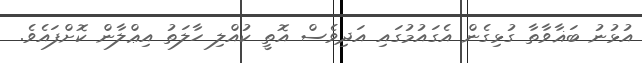
އުޅުނު ބަޣާވާތާ ގުޅިގެން އެގައުމުގައި އަދިވެސް އޮތީ ކުއްލި ހާލަތު އިޢްލާން ކޮށްފައެވެ.